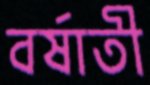
বর্ষাতী